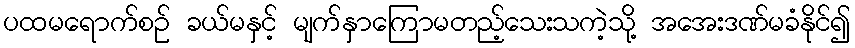
ပထမရောက်စဉ် ခယ်မနှင့် မျက်နှာကြောမတည့်သေးသကဲ့သို့ အအေးဒဏ်မခံနိုင်၍